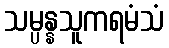
သမ္ပန္နသူကရမံသံ